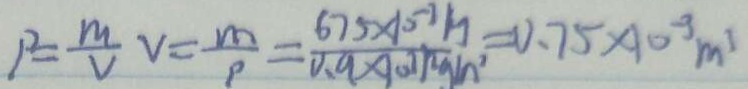
1 ^ { 2 } = \frac { m } { V } v = \frac { m } { p } = \frac { 6 7 5 \times 1 0 ^ { - 3 } m } { 0 . 9 \times 1 0 ^ { - 3 } m ^ { 3 } g / m ^ { 3 } } = 0 . 7 5 \times 1 0 ^ { - 3 } m ^ { 3 }